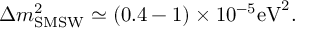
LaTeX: \Delta m _ { \mathrm { { S M S W } } } ^ { 2 } \simeq ( 0 . 4 - 1 ) \times 1 0 ^ { - 5 } \mathrm { e V } ^ { 2 } .